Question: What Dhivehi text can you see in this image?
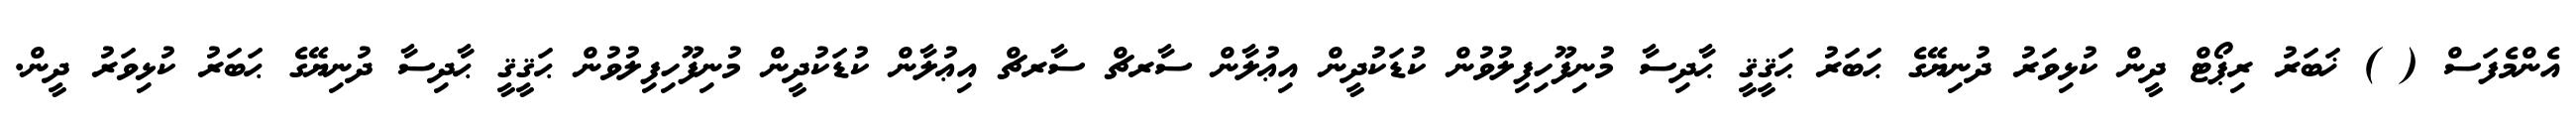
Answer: އެންމެފަސް ( ) ޚަބަރު ރިޕޯޓް ދީން ކުޅިވަރު ދުނިޔޭގެ ޙަބަރު ޙަޤީޤީ ޙާދިސާ މުނިފޫހިފިލުވުން ކުޑަކުދީން އިޢުލާން ސާރޗް ސާރޗް އިޢުލާން ކުޑަކުދީން މުނިފޫހިފިލުވުން ޙަޤީޤީ ޙާދިސާ ދުނިޔޭގެ ޙަބަރު ކުޅިވަރު ދީން.